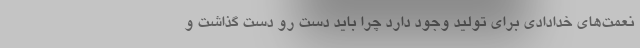
نعمت‌های خدادادی برای تولید وجود دارد چرا باید دست رو دست گذاشت و